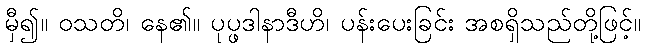
မှီ၍။ ဝသတိ၊ နေ၏။ ပုပ္ဖဒါနာဒီဟိ၊ ပန်းပေးခြင်း အစရှိသည်တို့ဖြင့်။